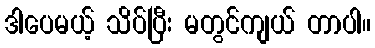
ဒါပေမယ့် သိပ်ပြီး မတွင်ကျယ် တာပါ။